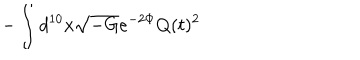
LaTeX: - \int d ^ { 1 0 } x \sqrt { - G } e ^ { - 2 \Phi } Q ( t ) ^ { 2 }